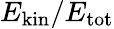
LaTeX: E_{\mathrm{kin}}/E_{\mathrm{tot}}